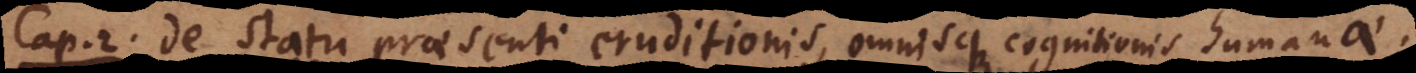
Cap. 2. De statu praesenti eruditionis, omnisque cognitionis humanae.